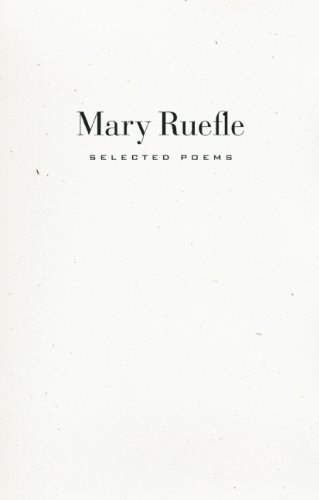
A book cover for Selected Poems; Mary Ruefle; Literature & Fiction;